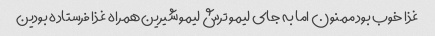
غذا خوب بود ممنون اما به جای لیمو ترش لیمو شیرین همراه غذا فرستاده بودین